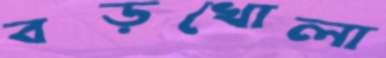
বড়খোলা